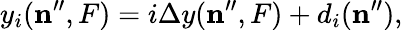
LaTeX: y_{i}(\mathbf{n}^{\prime\prime},F)=i\Delta y(\mathbf{n}^{\prime\prime},F)+d_{i}(\mathbf{n}^{\prime\prime}),